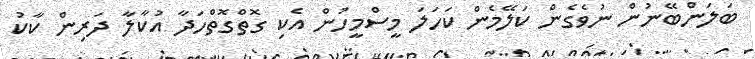
ބަލަންބޭނުން ނުވެގެން ކަލޭމެން ކަހަލަ މީސްމީހުން އެކި ގޮތްގޮތްހަދާ އުކާލާ ދަރިން ކާކު